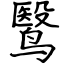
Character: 鹥